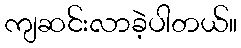
ကျဆင်းလာခဲ့ပါတယ်။